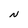
Character: N